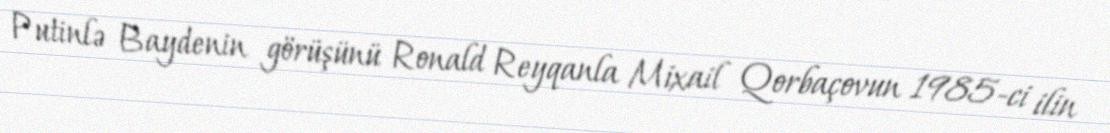
Putinlə Baydenin görüşünü Ronald Reyqanla Mixail Qorbaçovun 1985-ci ilin